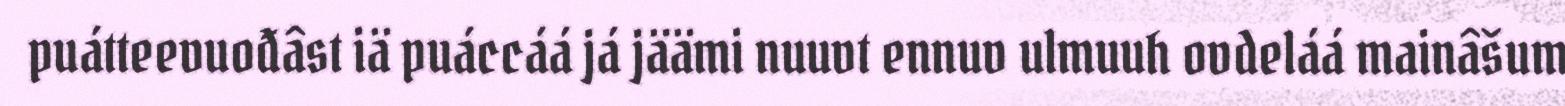
puátteevuođâst iä puáccáá já jäämi nuuvt ennuv ulmuuh ovdeláá mainâšum